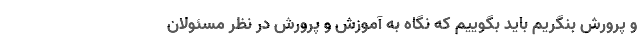
و پرورش بنگریم باید بگوییم که نگاه به آموزش و پرورش در نظر مسئولان